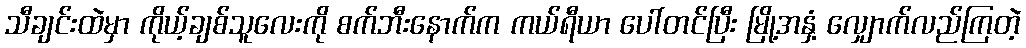
သီချင်းထဲမှာ ကိုယ့်ချစ်သူလေးကို စက်ဘီးနောက်က ကယ်ရီယာ ပေါ်တင်ပြီး မြို့အနှံ့ လျှောက်လည်ကြတဲ့